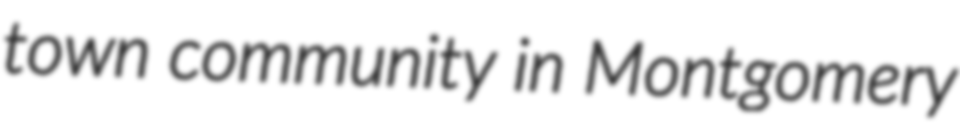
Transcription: town community in Montgomery